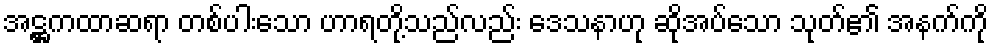
အဋ္ဌကထာဆရာ တစ်ပါးသော ဟာရတို့သည်လည်း ဒေသနာဟု ဆိုအပ်သော သုတ်၏ အနက်ကို